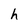
Character: h